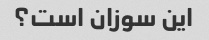
این سوزان است؟